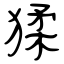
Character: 猱